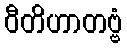
ဝီတိဟာတဗ္ဗံ